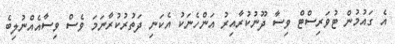
އެ ގައުމުން ޓުވަރިސްޓް ވިސާ ދޫނުކުރާއިރު އަންހެނަކު އެކަނި ދަތުރުކުރާނަމަ ވެސް ވިސާއެއްނުލިބެ